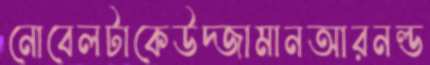
নোবেলটাকেউদ্জামানআরনল্ড